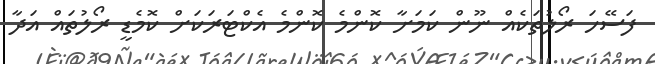
ފަސޭހަ ރޯލުތަކެއް ނޫން ކަމަށާ ކޮންމެ ކޮންމެ އެކްޓަރަކަށް ކޮމެޑީ ރޯލުތައް އަދާ